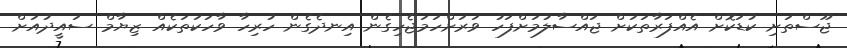
ޖޫސްތަށި ކުޑަކޮށް އެއްފަރާތަކަށް ޖައްސާލުމަށްފަހު ވަރަށްހަމަޖެހިގެން އިނދެގެން ހުރިހާ ވާހަކަތަކެއް ޒިޔާމް ސައީދުއަށް